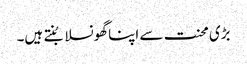
بڑی محنت سے اپنا گھونسلا بُنتے ہیں۔